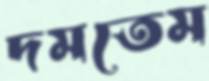
দমতেম